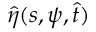
\hat { \eta } ( s , \psi , \hat { t } )